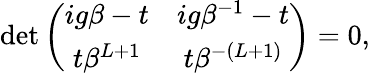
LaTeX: \begin{array}{r}{\operatorname*{det}\left(\begin{array}{cc}{ig\beta-t}&{ig\beta^{-1}-t}\\ {t\beta^{L+1}}&{t\beta^{-(L+1)}}\end{array}\right)=0,}\end{array}